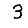
Digit: 3